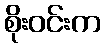
စိုးဝင်းက